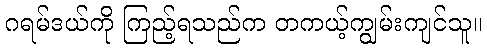
ဂရမ်ဒယ်ကို ကြည့်ရသည်က တကယ့်ကျွမ်းကျင်သူ။